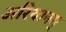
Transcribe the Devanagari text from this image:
अरियानम्